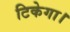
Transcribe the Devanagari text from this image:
टिकेगा।